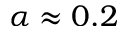
\alpha \approx 0 . 2